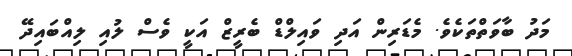
މަދު ބާވަތްތަކެވެ. މެޑަރިން އަދި ވައިލްޑް ބެރީޒް އަކީ ވެސް ލުއި ލިއްބައިދޭ